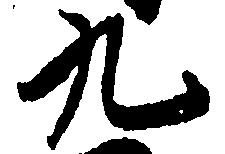
九